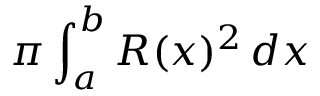
\pi \int _ { a } ^ { b } R ( x ) ^ { 2 } \, d x